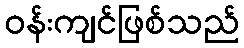
ဝန်းကျင်ဖြစ်သည်